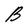
Character: B